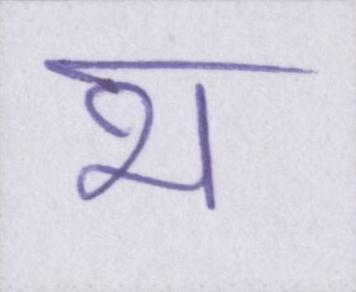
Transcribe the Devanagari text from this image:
भ